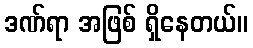
ဒဏ်ရာ အဖြစ် ရှိနေတယ်။